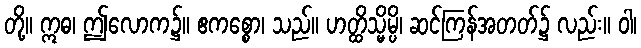
တို့။ ဣဓ၊ ဤလောက၌။ ဧကစ္စော၊ သည်။ ဟတ္ထိသ္မိမ္ပိ၊ ဆင်ကြန်အတတ်၌ လည်း။ ဝါ၊